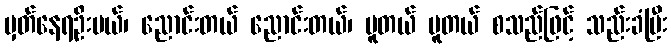
မှတ်နေရဦးမယ်၊ ညောင်းတယ် ညောင်းတယ်၊ ပူတယ် ပူတယ် စသည်ဖြင့် သည်းခံပြီး